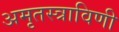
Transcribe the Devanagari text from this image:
अमृतस्त्राविणी